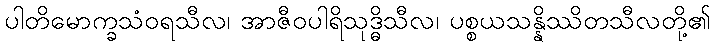
ပါတိမောက္ခသံဝရသီလ၊ အာဇီဝပါရိသုဒ္ဓိသီလ၊ ပစ္စယသန္နိဿိတသီလတို့၏